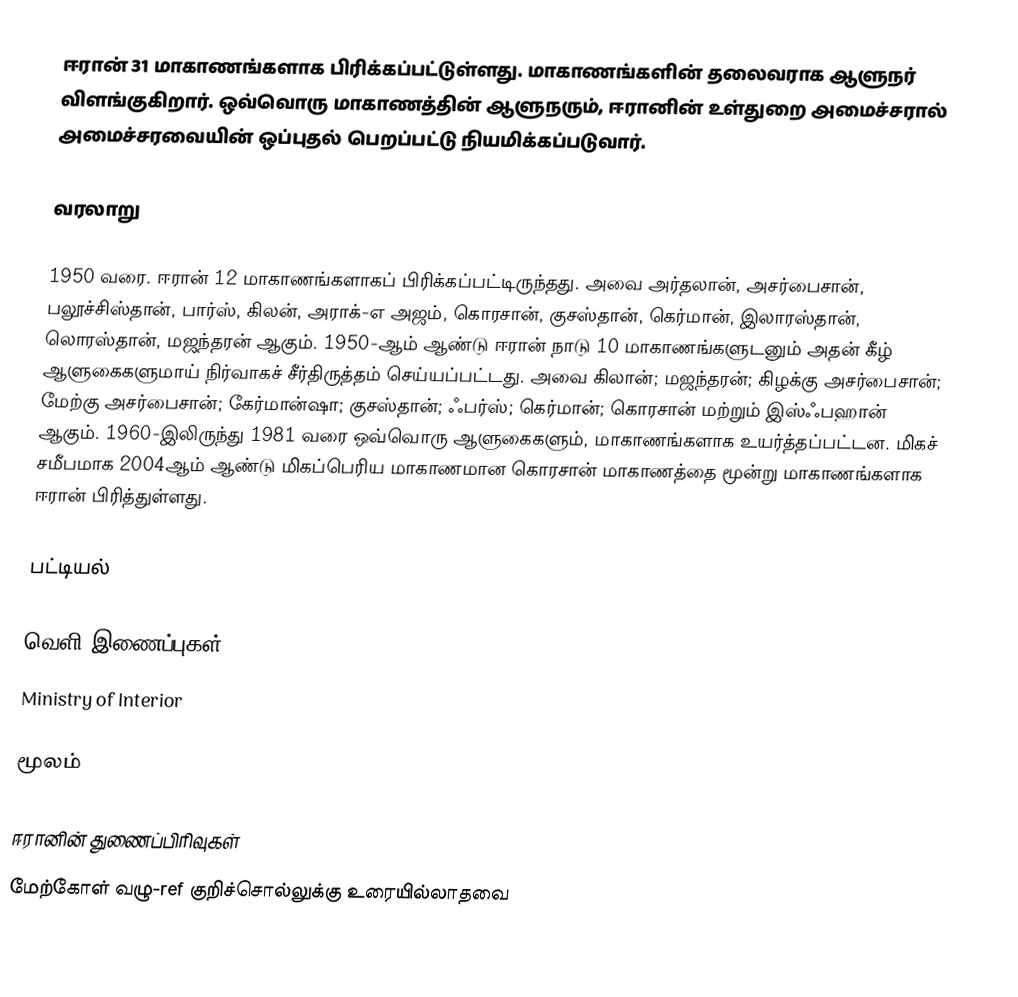
ஈரான் 31 மாகாணங்களாக பிரிக்கப்பட்டுள்ளது. மாகாணங்களின் தலைவராக ஆளுநர் விளங்குகிறார். ஒவ்வொரு மாகாணத்தின் ஆளுநரும், ஈரானின் உள்துறை அமைச்சரால் அமைச்சரவையின் ஒப்புதல் பெறப்பட்டு நியமிக்கப்படுவார்.

வரலாறு

1950 வரை. ஈரான் 12 மாகாணங்களாகப் பிரிக்கப்பட்டிருந்தது. அவை அர்தலான், அசர்பைசான், பலூச்சிஸ்தான், பார்ஸ், கிலன், அராக்-எ அஜம், கொரசான், குசஸ்தான், கெர்மான், இலாரஸ்தான், லொரஸ்தான், மஜந்தரன் ஆகும். 1950-ஆம் ஆண்டு ஈரான் நாடு 10 மாகாணங்களுடனும் அதன் கீழ் ஆளுகைகளுமாய் நிர்வாகச் சீர்திருத்தம் செய்யப்பட்டது. அவை கிலான்; மஜந்தரன்; கிழக்கு அசர்பைசான்; மேற்கு அசர்பைசான்; கேர்மான்ஷா; குசஸ்தான்; ஃபர்ஸ்; கெர்மான்; கொரசான் மற்றும் இஸ்ஃபஹான் ஆகும். 1960-இலிருந்து 1981 வரை ஒவ்வொரு ஆளுகைகளும், மாகாணங்களாக உயர்த்தப்பட்டன. மிகச் சமீபமாக 2004ஆம் ஆண்டு மிகப்பெரிய மாகாணமான கொரசான் மாகாணத்தை மூன்று மாகாணங்களாக ஈரான் பிரித்துள்ளது.

பட்டியல்

வெளி இணைப்புகள்
 Ministry of Interior

மூலம்

ஈரானின் துணைப்பிரிவுகள்
மேற்கோள் வழு-ref குறிச்சொல்லுக்கு உரையில்லாதவை